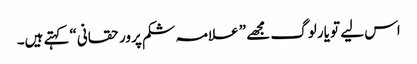
اس لیے تو یار لوگ مجھے ” علامہ شکم پرور حقانی“ کہتے ہیں۔